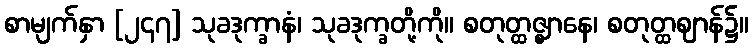
စာမျက်နှာ [၂၄၇] သုခဒုက္ခာနံ၊ သုခဒုက္ခတို့ကို။ စတုတ္ထဇ္ဈာနေ၊ စတုတ္ထဈာန်၌။